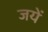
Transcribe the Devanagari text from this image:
जयें